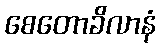
စေတောခိလာနံ